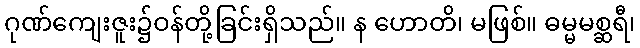
ဂုဏ်ကျေးဇူး၌ဝန်တို့ခြင်းရှိသည်။ န ဟောတိ၊ မဖြစ်။ ဓမ္မမစ္ဆရီ၊